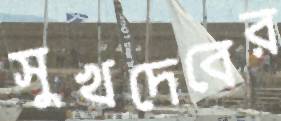
সুখদেবের